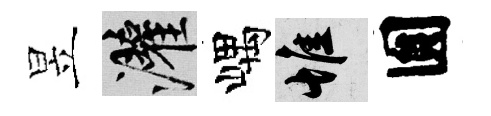
昱灌嵎惟圎